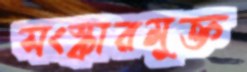
সংস্কারমুক্ত